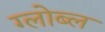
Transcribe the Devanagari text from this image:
ग्लोब्ल